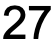
27